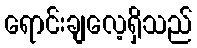
ရောင်းချလေ့ရှိသည်